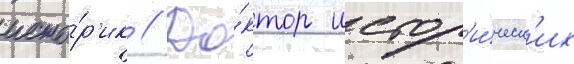
исто́р'ик // До́ктор истор'и́ческ'их